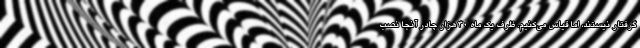
گرفتار نیستند، اما قیاس می‌کنیم. ظرف یک ماه ۳۰ هزار چادر آنجا نصب